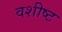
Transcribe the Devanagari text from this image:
वशीष्ट